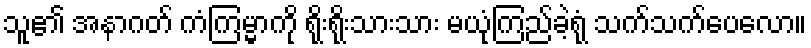
သူ၏ အနာဂတ် ကံကြမ္မာကို ရိုးရိုးသားသား မယုံကြည်ခဲ့ရုံ သက်သက်ပေလော။